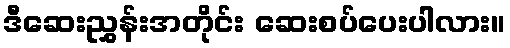
ဒီဆေးညွှန်းအတိုင်း ဆေးစပ်ပေးပါလား။